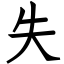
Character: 失